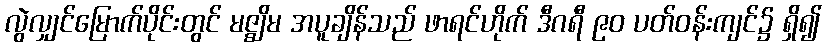
လွဲလျှင်မြောက်ပိုင်းတွင် မဇ္ဈိမ အပူချိန်သည် ဖာရင်ဟိုက် ဒီဂရီ ၉၀ ပတ်ဝန်းကျင်၌ ရှိ၍